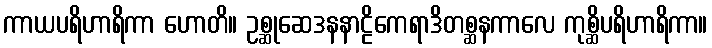
ကာယပရိဟာရိကာ ဟောတိ။ ဥစ္ဆုဆေဒနနာဠိကေရာဒိတစ္ဆနကာလေ ကုစ္ဆိပရိဟာရိကာ။